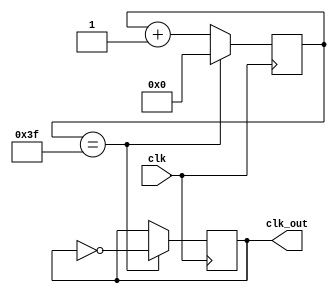
module div_clk(
clk,
clk_out
);
input clk;
output clk_out;
reg clk_out;
reg [5:0] count;
initial
begin
clk_out = 1'b1;
count = 6'd0;
end

always @(posedge clk) begin
    if(count == 6'd63)
		begin
        clk_out <= ~clk_out;
		  count <= 6'd0;
		end 
	else
		count <= count + 6'd1;	
end
endmodule